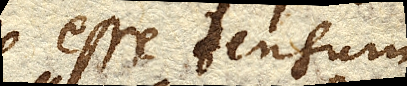
esse tensum